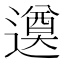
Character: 𨗖